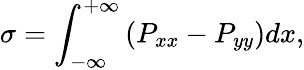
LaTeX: \sigma=\int_{-\infty}^{+\infty}\left(P_{xx}-P_{yy}\right)dx,